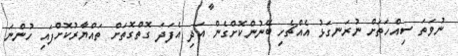
ނުވަތަ ސިއްހަތަށް ނުރަނގަޅު އެއްޗެހި ބޭނުންކޮށްގެން އަދި އެފަދަ ގޮތްގޮތަށް ތައްޔާރުކޮށްފައި ހުންނަ